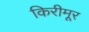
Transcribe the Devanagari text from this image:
किरीमूर